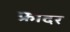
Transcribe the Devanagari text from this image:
फ्रादर